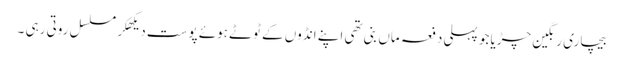
بیچاری رنگین چڑیا جو پہلی دفعہ ماں بنی تھی اپنے انڈوں کے ٹوٹے ہوئے پوست دیکھکر مسلسل روتی رہی ۔